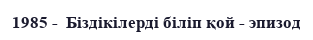
1985 -  Біздікілерді біліп қой - эпизод